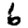
Digit: 6